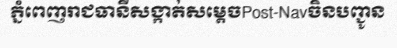
ភ្នំពេញរាជធានីសង្កាត់សម្តេចPost-Navចិនបញ្ជូន